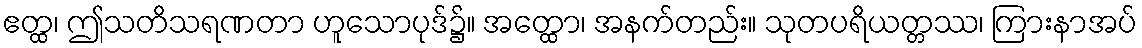
ဧတ္ထ၊ ဤသတိသရဏတာ ဟူသောပုဒ်၌။ အတ္ထော၊ အနက်တည်း။ သုတပရိယတ္တဿ၊ ကြားနာအပ်